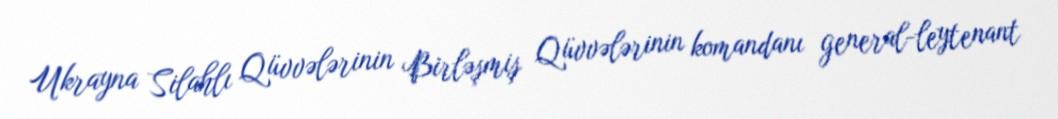
Ukrayna Silahlı Qüvvələrinin Birləşmiş Qüvvələrinin komandanı general-leytenant